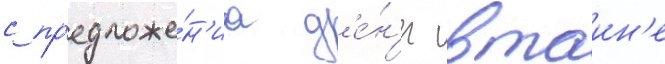
с пр'едложе́н'иа д'е́н'ег втаин'е